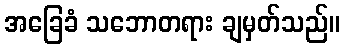
အခြေခံ သဘောတရား ချမှတ်သည်။